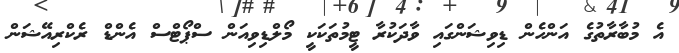
އެ މުބާރާތުގެ އަންހެން ޑިވިޝަންގައި ވާދަކުރާ ޓީމުތަކަކީ މޯލްޑިވިއަން ސްޕޯޓްސް އެންޑް ރެކްރިއޭޝަން